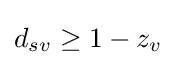
d_{sv}\geq 1-z_{v}